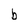
Character: b